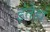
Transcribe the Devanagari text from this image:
इंतेहां